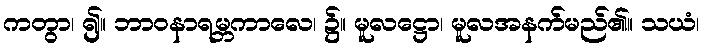
ကတွာ၊ ၍။ ဘာဝနာရမ္ဘကာလေ၊ ၌။ မူလဋ္ဌော၊ မူလအနက်မည်၏။ သယံ၊